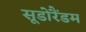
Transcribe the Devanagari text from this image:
सूडोरैंडम